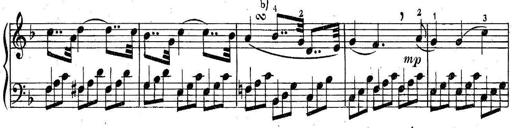
Title: 6 Easy Sonatinas
Composer: Carl Czerny